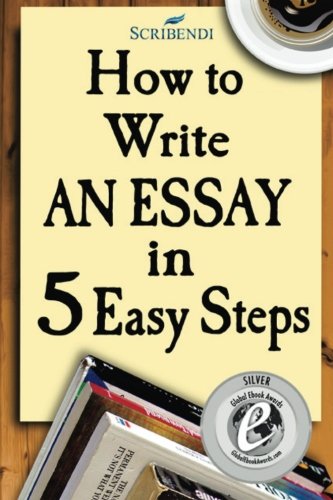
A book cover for How to Write an Essay in Five Easy Steps; Scribendi; Test Preparation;